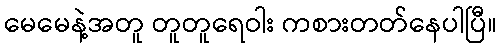
မေမေနဲ့အတူ တူတူရေဝါး ကစားတတ်နေပါပြီ။